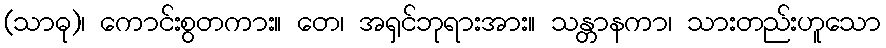
(သာဓု)၊ ကောင်းစွတကား။ တေ၊ အရှင်ဘုရားအား။ သန္တာနကာ၊ သားတည်းဟူသော